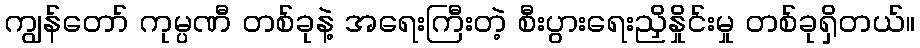
ကျွန်တော် ကုမ္ပဏီ တစ်ခုနဲ့ အရေးကြီးတဲ့ စီးပွားရေးညှိနှိုင်းမှု တစ်ခုရှိတယ်။